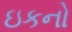
ઇકનો